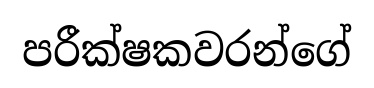
පරීක්ෂකවරන්ගේ